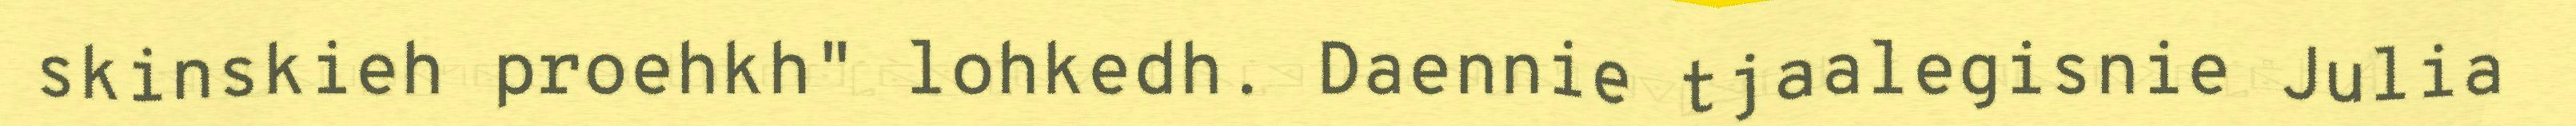
skinskieh proehkh" lohkedh. Daennie tjaalegisnie Julia